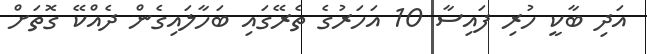
އަދި ބާކީ ހުރި ފައިސާ 10 އަހަރުގެ ތެރޭގައި ބަހާލައިގެން ދެއްކޭ ގޮތަށް